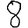
Digit: 8